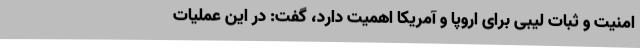
امنیت و ثبات لیبی برای اروپا و آمریکا اهمیت دارد، گفت: در این عملیات